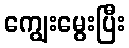
ကျွေးမွေးပြီး